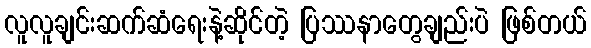
လူလူချင်းဆက်ဆံရေးနဲ့ဆိုင်တဲ့ ပြဿနာတွေချည်းပဲ ဖြစ်တယ်